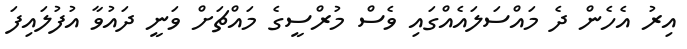
އިރު އެހެން ދެ މައްސަލައެއްގައި ވެސް މުރްސީގެ މައްޗަށް ވަނީ ދައުވާ އުފުލައިފަ